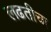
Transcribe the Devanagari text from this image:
लढतीचा